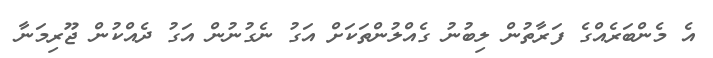
އެ މެންބަރެއްގެ ފަރާތުން ލިބުނު ގެއްލުންތަކަށް އަގު ނެގުނުން އަގު ދެއްކުން ޖޫރިމަނާ